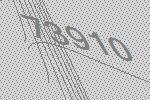
73910